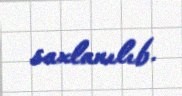
saxlanılıb.